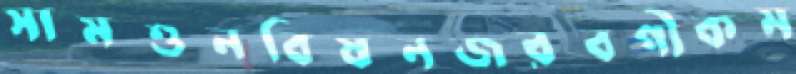
সামশুনবিষনজরবগীকম